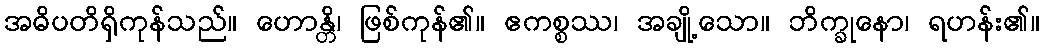
အဓိပတိရှိကုန်သည်။ ဟောန္တိ၊ ဖြစ်ကုန်၏။ ဧကစ္စဿ၊ အချို့သော။ ဘိက္ခုနော၊ ရဟန်း၏။